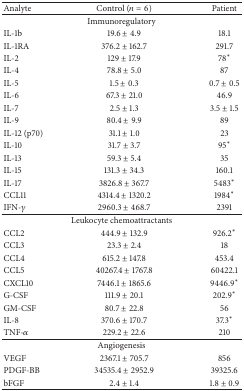
<table><thead><tr><td><b>Analyte</b></td><td><b>Control (<i>n</i> = 6)</b></td><td><b>Patient</b></td></tr></thead><tbody><tr><td colspan="3">Immunoregulatory</td></tr><tr><td>IL-1b</td><td>19.6 ± 4.9</td><td>18.1</td></tr><tr><td>IL-1RA</td><td>376.2 ± 162.7</td><td>291.7</td></tr><tr><td>IL-2</td><td>129 ± 17.9</td><td>78<sup><i>∗</i></sup></td></tr><tr><td>IL-4</td><td>78.8 ± 5.0</td><td>87</td></tr><tr><td>IL-5</td><td>1.5 ± 0.3</td><td>0.7 ± 0.5</td></tr><tr><td>IL-6</td><td>67.3 ± 21.0</td><td>46.9</td></tr><tr><td>IL-7</td><td>2.5 ± 1.3</td><td>3.5 ± 1.5</td></tr><tr><td>IL-9</td><td>80.4 ± 9.9</td><td>89</td></tr><tr><td>IL-12 (p70)</td><td>31.1 ± 1.0</td><td>23</td></tr><tr><td>IL-10</td><td>31.7 ± 3.7</td><td>95<sup><i>∗</i></sup></td></tr><tr><td>IL-13</td><td>59.3 ± 5.4</td><td>35</td></tr><tr><td>IL-15</td><td>131.3 ± 34.3</td><td>160.1</td></tr><tr><td>IL-17</td><td>3826.8 ± 367.7</td><td>5483<sup><i>∗</i></sup></td></tr><tr><td>CCL11</td><td>4314.4 ± 1320.2</td><td>1984<sup><i>∗</i></sup></td></tr><tr><td>IFN-<i>γ</i></td><td>2960.3 ± 468.7</td><td>2391</td></tr><tr><td colspan="3">Leukocyte chemoattractants</td></tr><tr><td>CCL2</td><td>444.9 ± 132.9</td><td>926.2<sup><i>∗</i></sup></td></tr><tr><td>CCL3</td><td>23.3 ± 2.4</td><td>18</td></tr><tr><td>CCL4</td><td>615.2 ± 147.8</td><td>453.4</td></tr><tr><td>CCL5</td><td>40267.4 ± 1767.8</td><td>60422.1</td></tr><tr><td>CXCL10</td><td>7446.1 ± 1865.6</td><td>9446.9<sup><i>∗</i></sup></td></tr><tr><td>G-CSF</td><td>111.9 ± 20.1</td><td>202.9<sup><i>∗</i></sup></td></tr><tr><td>GM-CSF</td><td>80.7 ± 22.8</td><td>56</td></tr><tr><td>IL-8</td><td>370.6 ± 170.7</td><td>37.3<sup><i>∗</i></sup></td></tr><tr><td>TNF-<i>α</i></td><td>229.2 ± 22.6</td><td>210</td></tr><tr><td colspan="3">Angiogenesis</td></tr><tr><td>VEGF</td><td>2367.1 ± 705.7</td><td>856</td></tr><tr><td>PDGF-BB</td><td>34535.4 ± 2952.9</td><td>39325.6</td></tr><tr><td>bFGF</td><td>2.4 ± 1.4</td><td>1.8 ± 0.9</td></tr></tbody></table>